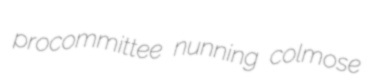
procommittee nunning colmose